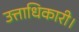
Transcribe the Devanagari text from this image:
उत्ताधिकारी।